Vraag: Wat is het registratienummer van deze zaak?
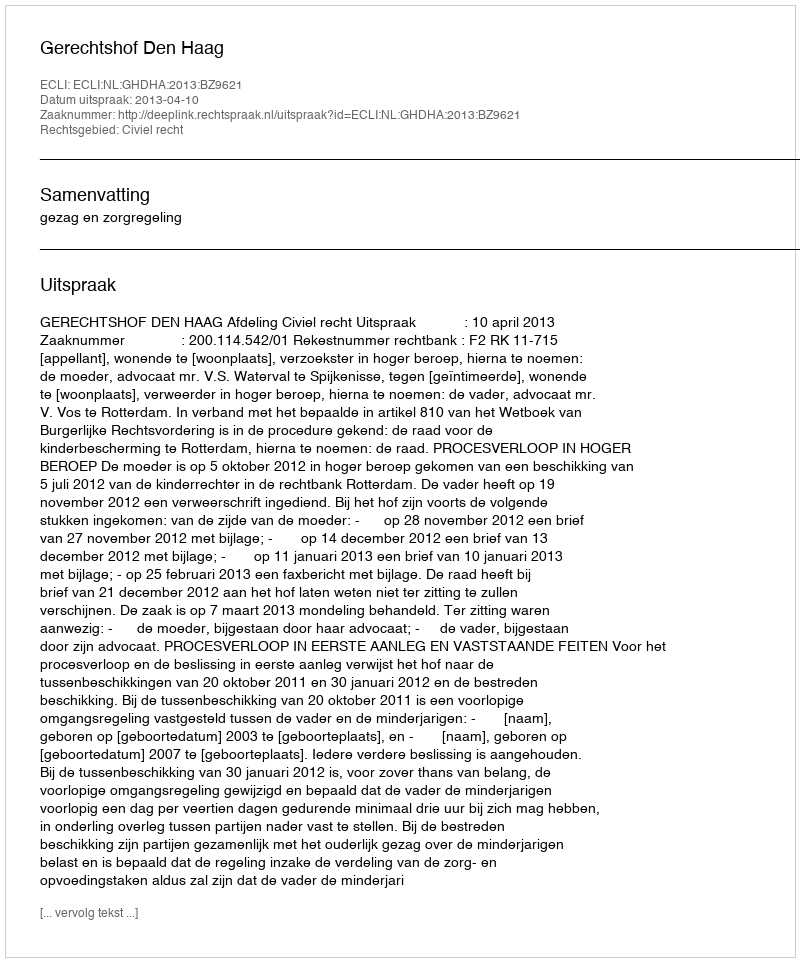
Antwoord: http://deeplink.rechtspraak.nl/uitspraak?id=ECLI:NL:GHDHA:2013:BZ9621